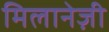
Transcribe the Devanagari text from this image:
मिलानेज़ी